Indian journal of veterinary science and animal husbandry - Volume 6,
Year: 1936
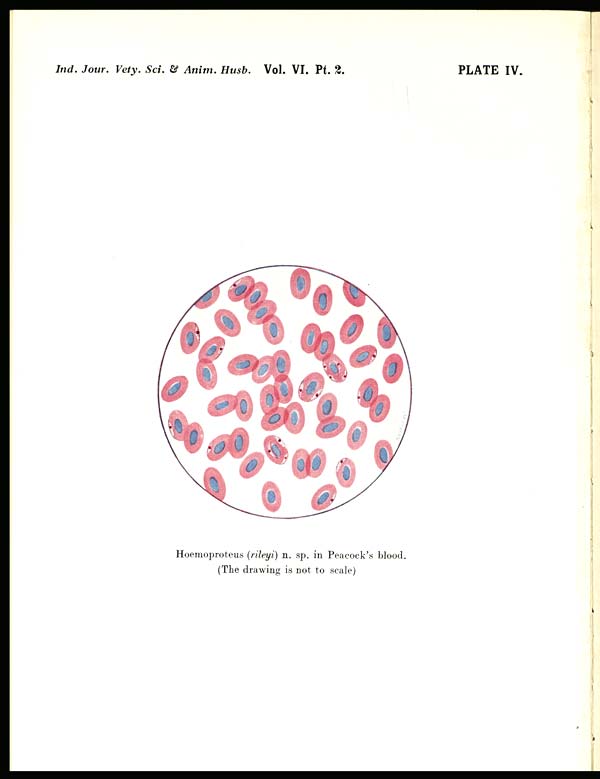
Ind. Jour. Vety. Sci. & Anim. Husb. Vol. VI. Pt.
2.
PLATE IV.
Hoemoproteus (rileyi) n. sp. in Peacock's blood.
(The drawing is not to scale)